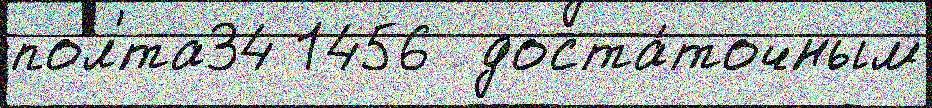
пол'́та34 1456  доста́точным